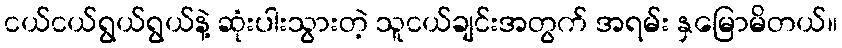
ငယ်ငယ်ရွယ်ရွယ်နဲ့ ဆုံးပါးသွားတဲ့ သူငယ်ချင်းအတွက် အရမ်း နှမြောမိတယ်။